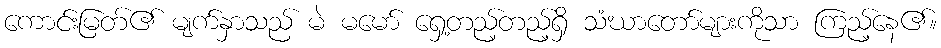
ကောင်းမြတ်၏ မျက်နှာသည် မဲ မမော် ရှေ့တည့်တည့်ရှိ သံဃာတော်များကိုသာ ကြည့်နေ၏။